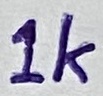
Text: 1k